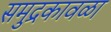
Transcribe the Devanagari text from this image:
समुद्रकावळा